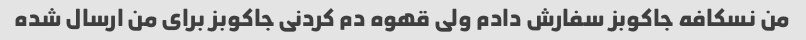
من نسکافه جاکوبز سفارش دادم ولی قهوه دم کردنی جاکوبز برای من ارسال شده